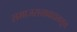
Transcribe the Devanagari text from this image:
समाजसत्तावादाकडून